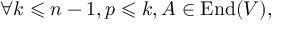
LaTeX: \forall k \leqslant n - 1 , p \leqslant k , A \in \operatorname { E n d } ( V ) ,